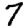
Digit: 7